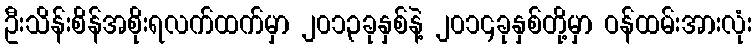
ဦးသိန်းစိန်အစိုးရလက်ထက်မှာ ၂၀၁၃ခုနှစ်နဲ့ ၂၀၁၄ခုနှစ်တို့မှာ ဝန်ထမ်းအားလုံး